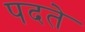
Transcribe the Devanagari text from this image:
पदते